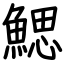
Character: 鰓